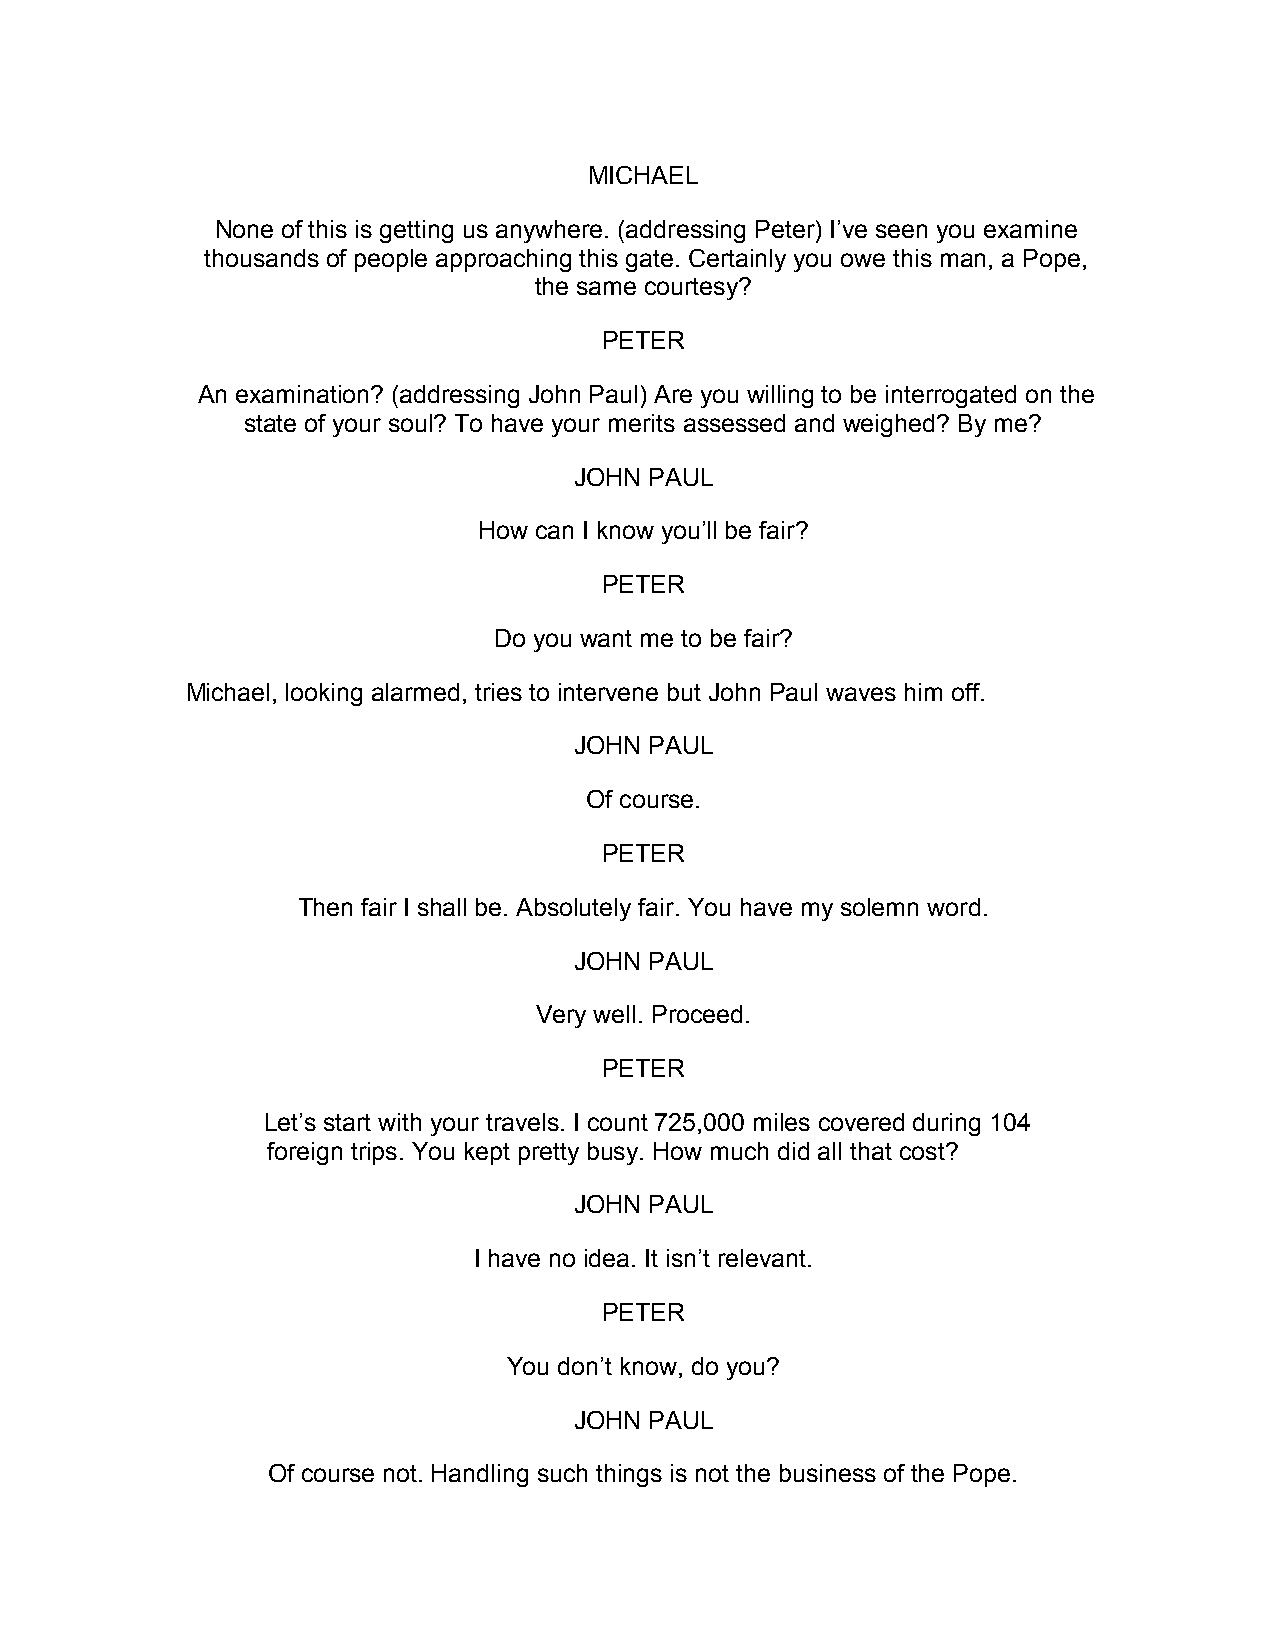
MICHAEL
 None of this is getting us anywhere. (addressing Peter) I’ve seen you examine
 thousands of people approaching this gate. Certainly you owe this man, a Pope,
 the same courtesy?
 PETER
 An examination? (addressing John Paul) Are you willing to be interrogated on the
 state of your soul? To have your merits assessed and weighed? By me?
 JOHN PAUL
 How can I know you’ll be fair?
 PETER
 Do you want me to be fair?
 Michael, looking alarmed, tries to intervene but John Paul waves him off.
 JOHN PAUL
 Of course.
 PETER
 Then fair I shall be. Absolutely fair. You have my solemn word.
 JOHN PAUL
 Very well. Proceed.
 PETER
 Let’s start with your travels. I count 725,000 miles covered during 104
 foreign trips. You kept pretty busy. How much did all that cost?
 JOHN PAUL
 I have no idea. It isn’t relevant.
 PETER
 You don’t know, do you?
 JOHN PAUL
 Of course not. Handling such things is not the business of the Pope.